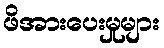
ဖိအားပေးမှုများ